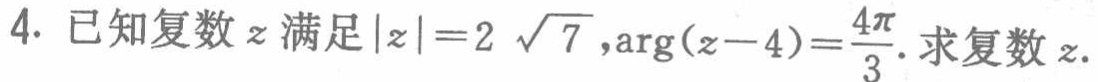
4. 已知复数\(z\)满足\(\vert z\vert = 2\sqrt{7},\arg(z - 4)=\frac{4\pi}{3}\). 求复数\(z\).